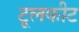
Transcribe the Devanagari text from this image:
टूलकीट